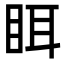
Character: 眲